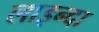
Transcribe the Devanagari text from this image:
लाइन्दा